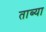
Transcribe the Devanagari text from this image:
ताब्या